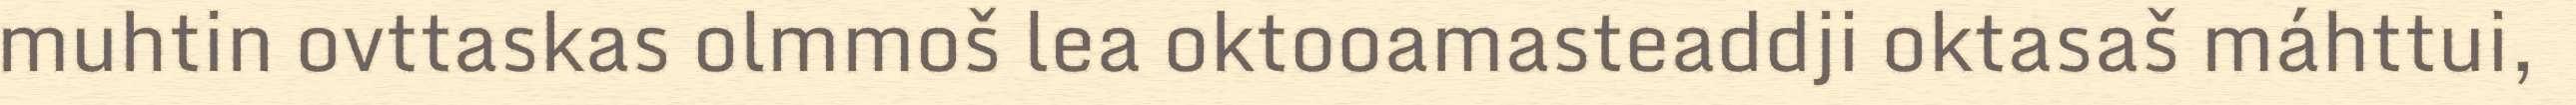
muhtin ovttaskas olmmoš lea oktooamasteaddji oktasaš máhttui,